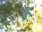
ક